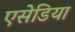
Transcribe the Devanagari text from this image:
एसेडिया